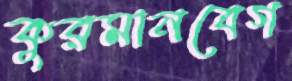
কুরমানবেগ